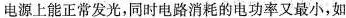
电源上能正常发光，同时电路消耗的电功率又最小，如